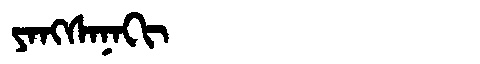
Manchu: ᠶᠠᠩᠰᠠᠨᠠᡴᡳ
Romanization: YANGSANAKI